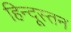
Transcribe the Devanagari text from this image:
हिन्दूस्तन